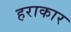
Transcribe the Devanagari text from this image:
हराकार